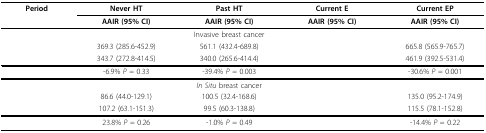
<table><thead><tr><td><b>Period</b></td><td><b>Never HT</b></td><td><b>Past HT</b></td><td><b>Current E</b></td><td><b>Current EP</b></td></tr><tr><td>[EMPTY_CELL]</td><td><b>AAIR (95% CI)</b></td><td><b>AAIR (95% CI)</b></td><td><b>AAIR (95% CI)</b></td><td><b>AAIR (95% CI)</b></td></tr></thead><tbody><tr><td>[EMPTY_CELL]</td><td colspan="3">Invasive breast cancer</td><td>[EMPTY_CELL]</td></tr><tr><td>[EMPTY_CELL]</td><td>369.3 (285.6-452.9)</td><td>561.1 (432.4-689.8)</td><td>[EMPTY_CELL]</td><td>665.8 (565.9-765.7)</td></tr><tr><td>[EMPTY_CELL]</td><td>343.7 (272.8-414.5)</td><td>340.0 (265.6-414.4)</td><td>[EMPTY_CELL]</td><td>461.9 (392.5-531.4)</td></tr><tr><td>[EMPTY_CELL]</td><td>-6.9% <i>P </i>= 0.33</td><td>-39.4% <i>P </i>= 0.003</td><td>[EMPTY_CELL]</td><td>-30.6% <i>P </i>= 0.001</td></tr><tr><td>[EMPTY_CELL]</td><td colspan="3"><i>In Situ </i>breast cancer</td><td>[EMPTY_CELL]</td></tr><tr><td>[EMPTY_CELL]</td><td>86.6 (44.0-129.1)</td><td>100.5 (32.4-168.6)</td><td>[EMPTY_CELL]</td><td>135.0 (95.2-174.9)</td></tr><tr><td>[EMPTY_CELL]</td><td>107.2 (63.1-151.3)</td><td>99.5 (60.3-138.8)</td><td>[EMPTY_CELL]</td><td>115.5 (78.1-152.8)</td></tr><tr><td>[EMPTY_CELL]</td><td>23.8% <i>P </i>= 0.26</td><td>-1.0% <i>P </i>= 0.49</td><td>[EMPTY_CELL]</td><td>-14.4% <i>P </i>= 0.22</td></tr></tbody></table>